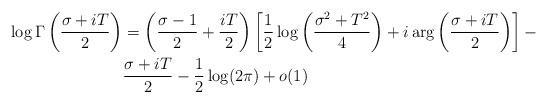
LaTeX: \begin{align*} \log \Gamma\left(\frac{\sigma+iT}{2}\right)&= \left(\frac{\sigma-1}{2}+\frac{iT}{2}\right)\left[\frac{1}{2}\log \left(\frac{\sigma^2+T^2}{4}\right)+i\arg \left(\frac{\sigma+iT}{2}\right)\right]-\\ &\frac{\sigma+iT}{2}-\frac{1}{2}\log(2\pi)+o(1) \end{align*}